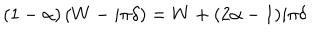
( 1 - \alpha ) \left( W - i \pi \delta \right) = W + ( 2 \alpha - 1 ) i \pi \delta